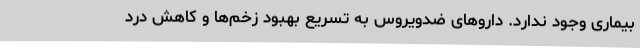
بیماری وجود ندارد. داروهای ضدویروس به تسریع بهبود زخم‌ها و کاهش درد